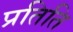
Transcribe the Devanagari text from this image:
प्रतिति